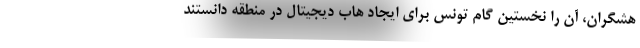
هشگران، آن را نخستین گام تونس برای ایجاد هاب دیجیتال در منطقه دانستند